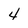
Character: 4